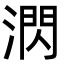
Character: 㴸